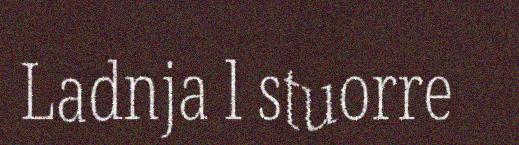
Ladnja l stuorre